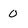
Character: 0